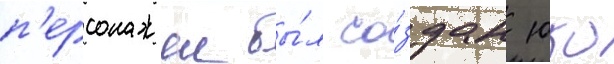
п'ерсонажеи бы́л со́здан юко